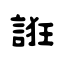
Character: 誑